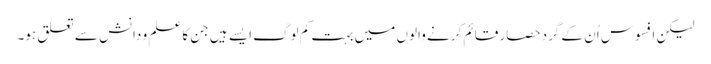
لیکن افسوس اُن کے گرد حصار قائم کرنے والوں میں بہت کم لوگ ایسے ہیں جن کا علم و دانش سے تعلق ہو۔